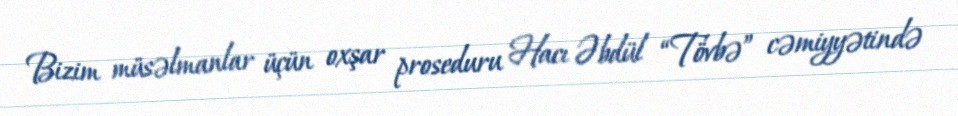
Bizim müsəlmanlar üçün oxşar proseduru Hacı Əbdül “Tövbə” cəmiyyətində